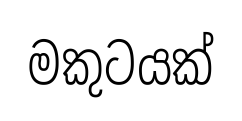
මකුටයක්